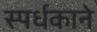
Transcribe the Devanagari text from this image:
स्पर्धकाने